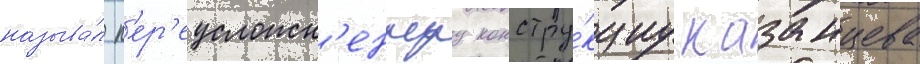
называ́л п'ер'еусложн'еннуу констру́кциу казанцева